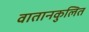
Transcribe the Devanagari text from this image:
वातानकुलित